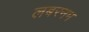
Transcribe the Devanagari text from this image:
लबरनम